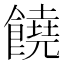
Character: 饒